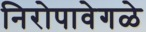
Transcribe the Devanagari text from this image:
निरोपावेगळे